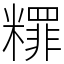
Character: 䊫